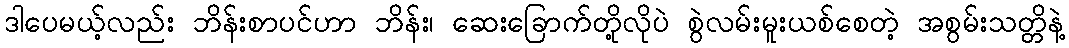
ဒါပေမယ့်လည်း ဘိန်းစာပင်ဟာ ဘိန်း၊ ဆေးခြောက်တို့လိုပဲ စွဲလမ်းမူးယစ်စေတဲ့ အစွမ်းသတ္တိနဲ့